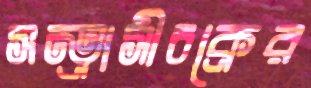
সন্ত্রাসীচক্রের